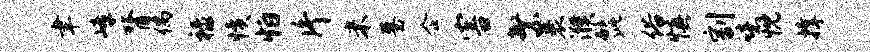
聿嶂膂偶禄愤怕片米墓企害繁裹濮髭俗慎割噫忱撑